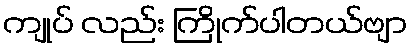
ကျုပ် လည်း ကြိုက်ပါတယ်ဗျာ